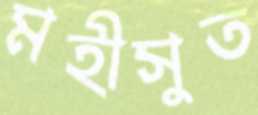
মহীসুত